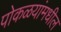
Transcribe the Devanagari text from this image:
पोकळयांमधील